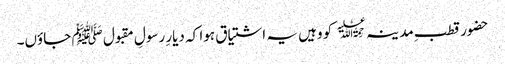
حضور قطبِ مد ینہ﷫ کو وہیں یہ اشتیاق ہوا کہ دیارِ رسولِ مقبول ﷺ جاؤں۔